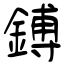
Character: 鎛